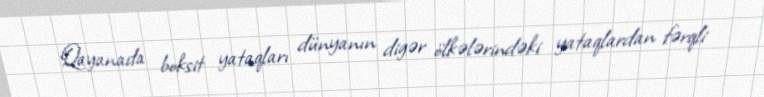
Qayanada boksit yataqları dünyanın digər ölkələrindəki yataqlardan fərqli